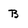
Character: B